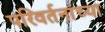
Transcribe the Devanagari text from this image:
परिवर्तनांच्या